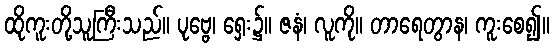
ထိုကူးတို့သူကြီးသည်။ ပုဗ္ဗေ၊ ရှေး၌။ ဇနံ၊ လူကို။ တာရေတွာန၊ ကူးစေ၍။